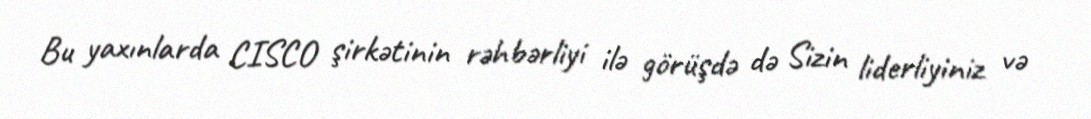
Bu yaxınlarda CISCO şirkətinin rəhbərliyi ilə görüşdə də Sizin liderliyiniz və